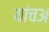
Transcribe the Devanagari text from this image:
यांचअ